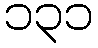
၁၃၁